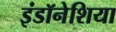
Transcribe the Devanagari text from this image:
इंडॉनेशिया